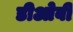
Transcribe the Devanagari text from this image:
डीओबी